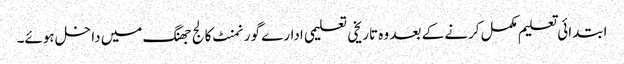
ابتدائی تعلیم مکمل کرنے کے بعد وہ تاریخی تعلیمی ادارے گورنمنٹ کالج جھنگ میں داخل ہوئے۔